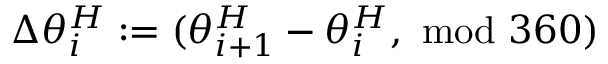
\Delta \theta _ { i } ^ { H } : = ( \theta _ { i + 1 } ^ { H } - \theta _ { i } ^ { H } , \ \mathrm { m o d } \ 3 6 0 )